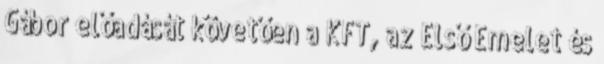
Gábor előadását követően a KFT, az Első Emelet és